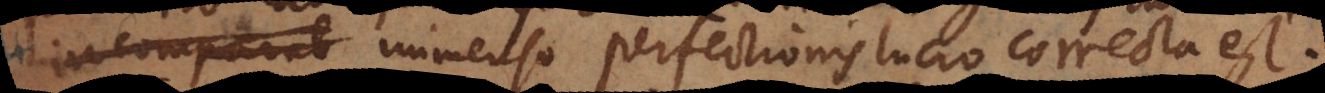
immenso perfectionis lucro correcta est.